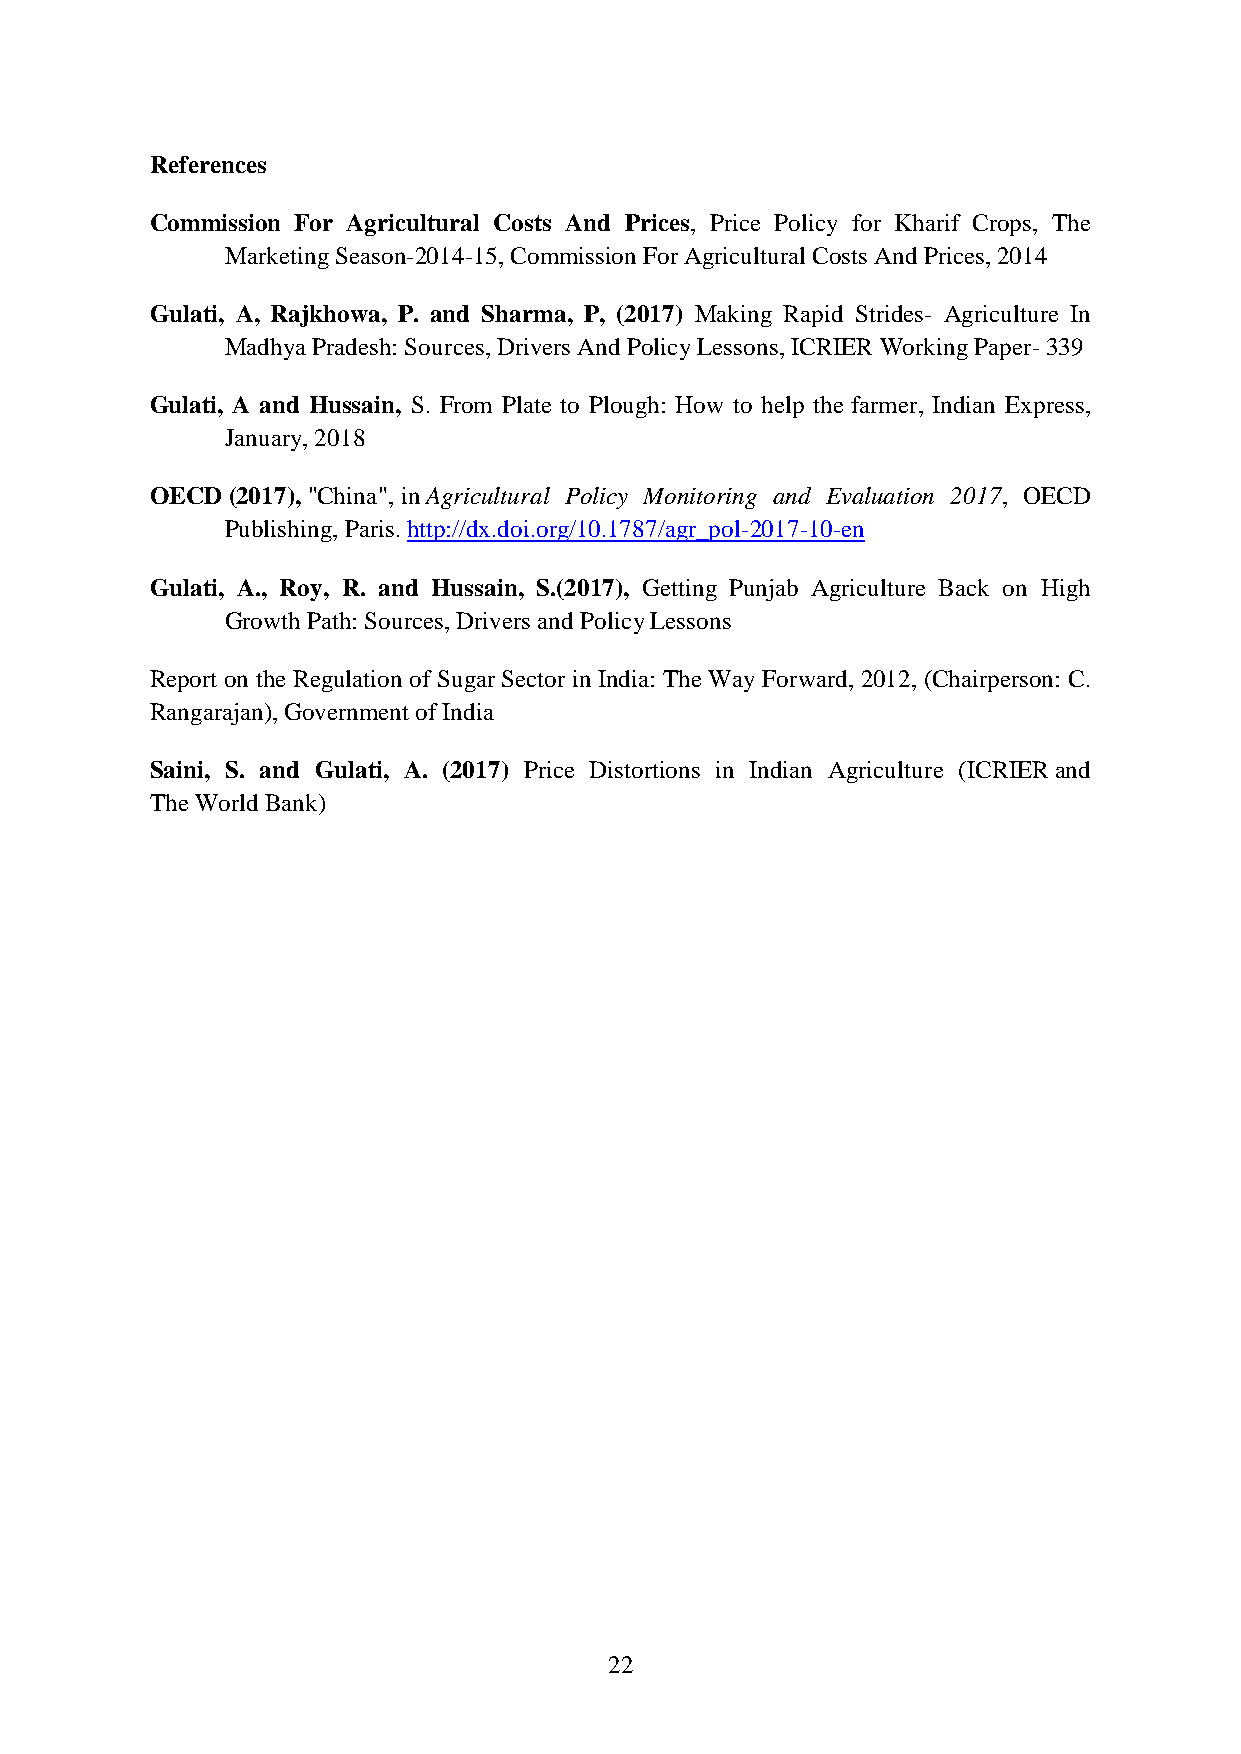
References
 Commission For Agricultural Costs And Prices, Price Policy for Kharif Crops, The
 Marketing Season-2014-15, Commission For Agricultural Costs And Prices, 2014
 Gulati, A, Rajkhowa, P. and Sharma, P, (2017) Making Rapid Strides- Agriculture In
 Madhya Pradesh: Sources, Drivers And Policy Lessons, ICRIER Working Paper- 339
 Gulati, A and Hussain, S. From Plate to Plough: How to help the farmer, Indian Express,
 January, 2018
 OECD (2017), "China", in Agricultural Policy Monitoring and Evaluation 2017, OECD
 Publishing, Paris. http://dx.doi.org/10.1787/agr_pol-2017-10-en
 Gulati, A., Roy, R. and Hussain, S.(2017), Getting Punjab Agriculture Back on High
 Growth Path: Sources, Drivers and Policy Lessons
 Report on the Regulation of Sugar Sector in India: The Way Forward, 2012, (Chairperson: C.
 Rangarajan), Government of India
 Saini, S. and Gulati, A. (2017) Price Distortions in Indian Agriculture (ICRIER and
 The World Bank)
 22